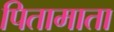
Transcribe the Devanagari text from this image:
पितामाता